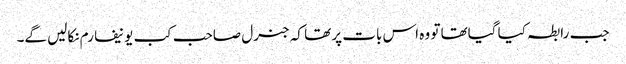
جب رابطہ کیا گیاتھا تو وہ اس بات پر تھا کہ جنرل صاحب کب یونیفارم نکالیں گے۔